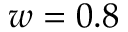
w = 0 . 8